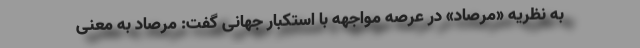
به نظریه «مرصاد» در عرصه مواجهه با استکبار جهانی گفت: مرصاد به معنی